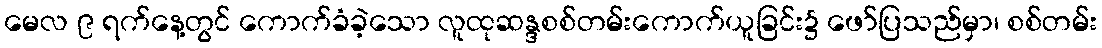
မေလ ၉ ရက်နေ့တွင် ကောက်ခံခဲ့သော လူထုဆန္ဒစစ်တမ်းကောက်ယူခြင်း၌ ဖော်ပြသည်မှာ၊ စစ်တမ်း